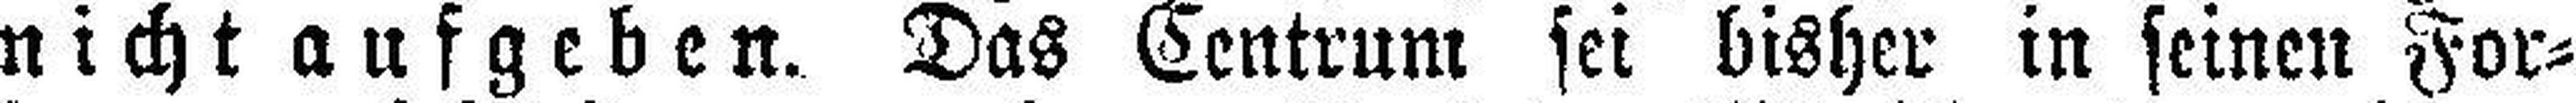
nicht aufgeben. Das Centrum sei bisher in seinen For¬